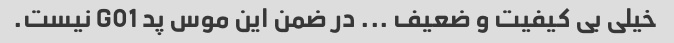
خیلی بی کیفیت و ضعیف ... در ضمن این موس پد G01 نیست.